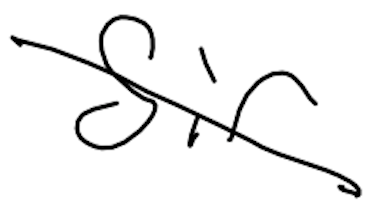
Text: Sir
Cross-out: diagonal
Writing tool: digital_black